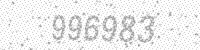
Solution: 996983